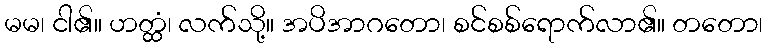
မမ၊ ငါ၏။ ဟတ္ထံ၊ လက်သို့။ အပိအာဂတော၊ စင်စစ်ရောက်လာ၏။ တတော၊